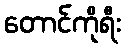
တောင်ကိုရီး